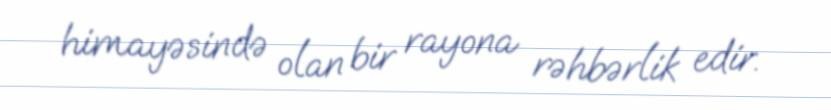
himayəsində olan bir rayona rəhbərlik edir.